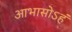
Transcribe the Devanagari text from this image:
आभासोऽहं